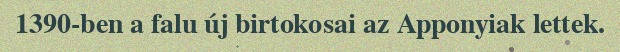
1390-ben a falu új birtokosai az Apponyiak lettek.